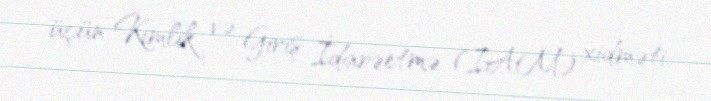
üçün Kimlik və Giriş İdarəetmə (IAM) xidməti.